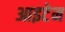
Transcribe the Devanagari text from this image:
आइटेम